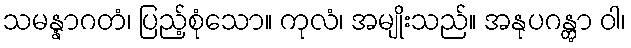
သမန္နာဂတံ၊ ပြည့်စုံသော။ ကုလံ၊ အမျိုးသည်။ အနုပဂန္တွာ ဝါ၊